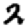
Digit: 2